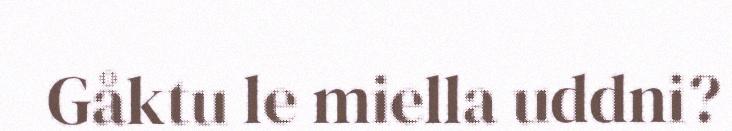
Gåktu le miella uddni?